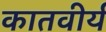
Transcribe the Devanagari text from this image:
कातवीर्य